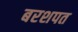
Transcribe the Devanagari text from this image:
बरशपत